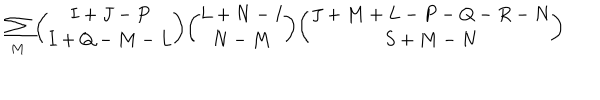
\sum _ { M } { \binom { I + J - P } { I + Q - M - L } } { \binom { L + N - I } { N - M } } { \binom { J + M + L - P - Q - R - N } { S + M - N } }